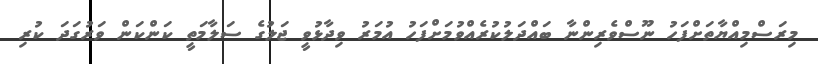
މިރަސްމިއްޔާތަށްފަހު ނޫސްވެރިންނާ ބައްދަލުކުރެއްވުމަށްފަހު އުމަރު ވިދާޅުވީ ޖަލުގެ ސަލާމަތީ ކަންކަން ވަރުގަދަ ކުރި